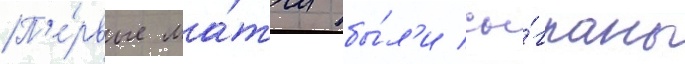
П'е́рвые ма́тчи бы́л'и сы́граны